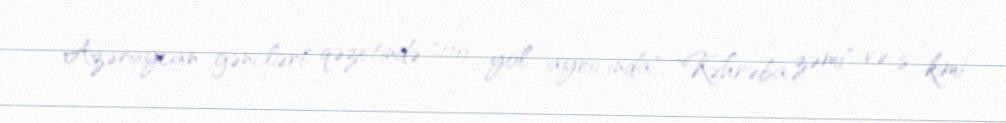
Azəraycan gəncləri" qəzetində "110 yol ayrıcında", "Kəhrəba zəmi" və s. kimi